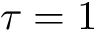
\tau = 1